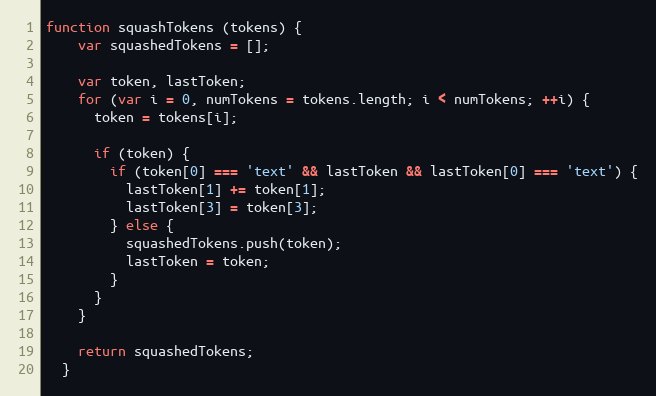
Language: JavaScript
function squashTokens (tokens) {
    var squashedTokens = [];

    var token, lastToken;
    for (var i = 0, numTokens = tokens.length; i < numTokens; ++i) {
      token = tokens[i];

      if (token) {
        if (token[0] === 'text' && lastToken && lastToken[0] === 'text') {
          lastToken[1] += token[1];
          lastToken[3] = token[3];
        } else {
          squashedTokens.push(token);
          lastToken = token;
        }
      }
    }

    return squashedTokens;
  }